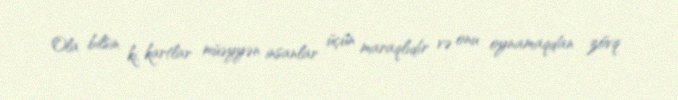
Ola bilsin ki, kartlar müəyyən insanlar üçün maraqlıdır və onu oynamaqdan zövq